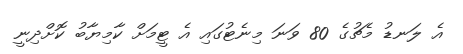
އެ ލަނޑު މެޗުގެ 80 ވަނަ މިނެޓުގައި އެ ޓީމަށް ކާމިޔާބު ކޮށްދިނީ